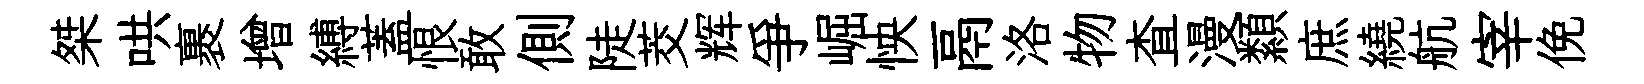
桀哄裹增縛蓋恨敢側陡茭辉爭崛怏鬲洛物查漫纇庶繞航宰俛